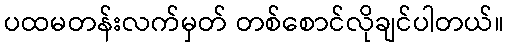
ပထမတန်းလက်မှတ် တစ်စောင်လိုချင်ပါတယ်။